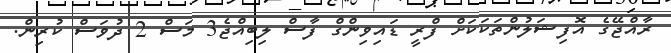
ރާއްޖޭގެ އޮފިޝަލުންތަކަކަށް ފްރީ ޑައިވިންގް ފާސް ލިބިއްޖެ3 މަސް 2 ދުވަސް ކުރިން.